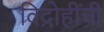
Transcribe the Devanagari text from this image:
विद्रोहींची